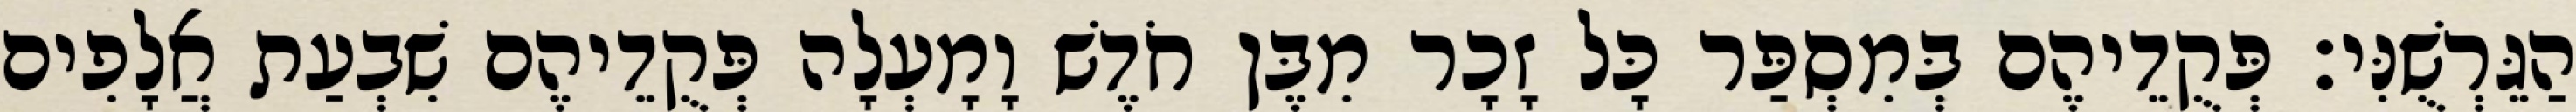
הַגֵּרְשֻׁנִּי׃ פְּקֻדֵיהֶם בְּמִסְפַּר כָּל זָכָר מִבֶּן חֹדֶשׁ וָמָעְלָה פְּקֻדֵיהֶם שִׁבְעַת אֲלָפִים